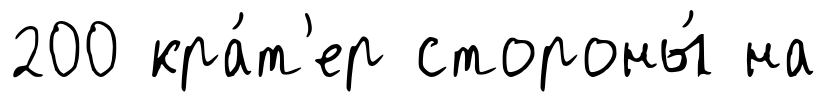
200 кра́т'ер стороны́ на